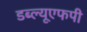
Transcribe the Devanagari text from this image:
डब्ल्यूएफपी